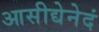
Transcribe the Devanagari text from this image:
आसीद्येनेदं